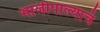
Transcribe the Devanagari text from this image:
भाजीपाल्याचं